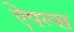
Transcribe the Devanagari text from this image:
ऐपल्स